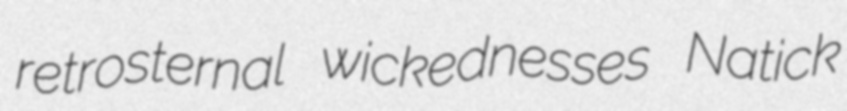
retrosternal wickednesses Natick